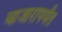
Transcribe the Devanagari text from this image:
बाजारापर्यंत